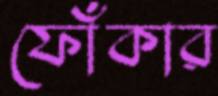
ফোঁকার